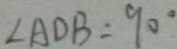
\angle A D B = 9 0 ^ { \circ }